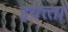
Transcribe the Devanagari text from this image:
इयत्त्ता